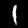
Digit: 1